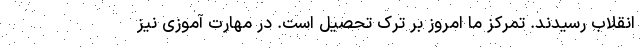
انقلاب رسیدند. تمرکز ما امروز بر ترک تحصیل است. در مهارت آموزی نیز